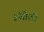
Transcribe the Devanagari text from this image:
इंजीली